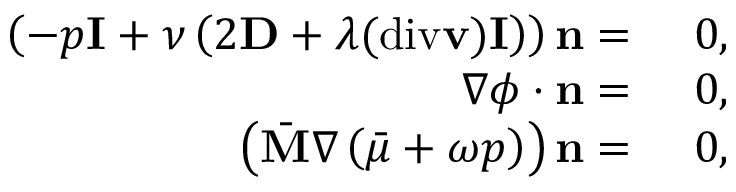
\begin{array} { r l } { \left( - p \mathbf { I } + \nu \left( 2 \mathbf { D } + \lambda ( \mathrm { d i v } \mathbf { v } ) \mathbf { I } \right) \right) \mathbf { n } = } & { { } ~ 0 , } \\ { \nabla \phi \cdot \mathbf { n } = } & { { } ~ 0 , } \\ { \left( \bar { \mathbf { M } } \nabla \left( \bar { \mu } + \omega p \right) \right) \mathbf { n } = } & { { } ~ 0 , } \end{array}